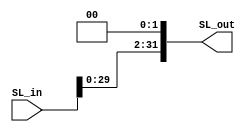
module Shift_Left_2(
input [31:0]SL_in,
output reg[31:0]SL_out
);

always @*
	begin
	   SL_out = SL_in << 2;
	end
endmodule